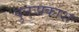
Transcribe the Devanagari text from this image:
पुनःप्रकाश